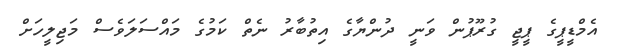
އެމްޑީޕީގެ ޕީޖީ ގުރޫޕުން ވަނީ ދުންޔާގެ އިތުބާރު ނެތް ކަމުގެ މައްސަލަވެސް މަޖިލީހަށް